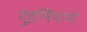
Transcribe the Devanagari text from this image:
गुइलियानो